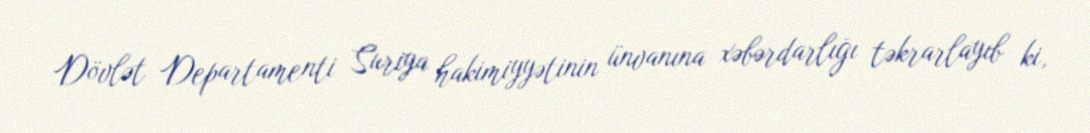
Dövlət Departamenti Suriya hakimiyyətinin ünvanına xəbərdarlığı təkrarlayıb ki,